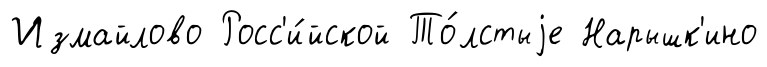
Измайлово Росс'и́йской То́лстыjе Нарышк'ино